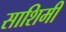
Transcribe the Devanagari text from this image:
साशिमी